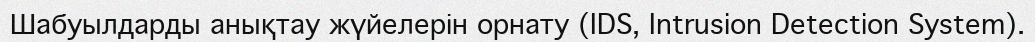
Шабуылдарды анықтау жүйелерін орнату (IDS, Intrusion Detection System).